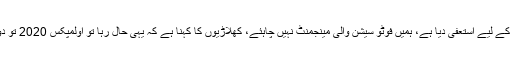
رضوان سینئر نے کہا کہ ٹیم مینجمنٹ نے غلطیاں چھپانے کے لیے استعفیٰ دیا ہے، ہمیں فوٹو سیشن والی مینجمنٹ نہیں چاہئے، کھلاڑیوں کا کہنا ہے کہ یہی حال رہا تو اولمپکس 2020 تو دور کی بات ہے کوالیفائر جیت گئے تو بھی معجزہ ہی ہوگا۔